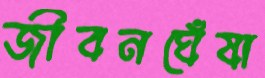
জীবনঘেঁষা